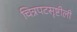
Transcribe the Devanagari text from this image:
चित्रपटसृष्टीली